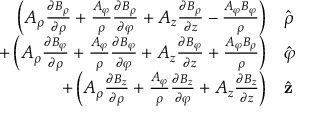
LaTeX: \begin{array} { r l } { \left( A _ { \rho } { \frac { \partial B _ { \rho } } { \partial \rho } } + { \frac { A _ { \varphi } } { \rho } } { \frac { \partial B _ { \rho } } { \partial \varphi } } + A _ { z } { \frac { \partial B _ { \rho } } { \partial z } } - { \frac { A _ { \varphi } B _ { \varphi } } { \rho } } \right) } & { { } { \hat { \boldsymbol { \rho } } } } \\ { + \left( A _ { \rho } { \frac { \partial B _ { \varphi } } { \partial \rho } } + { \frac { A _ { \varphi } } { \rho } } { \frac { \partial B _ { \varphi } } { \partial \varphi } } + A _ { z } { \frac { \partial B _ { \varphi } } { \partial z } } + { \frac { A _ { \varphi } B _ { \rho } } { \rho } } \right) } & { { } { \hat { \boldsymbol { \varphi } } } } \\ { + \left( A _ { \rho } { \frac { \partial B _ { z } } { \partial \rho } } + { \frac { A _ { \varphi } } { \rho } } { \frac { \partial B _ { z } } { \partial \varphi } } + A _ { z } { \frac { \partial B _ { z } } { \partial z } } \right) } & { { } { \hat { \mathbf { z } } } } \end{array}